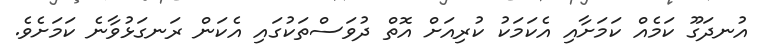
އުނދަގޫ ކަމެއް ކަމަށާއި އެކަމަކު ކުރިއަށް އޮތް ދުވަސްތަކުގައި އެކަން ރަނގަޅުވާނެ ކަމަށެވެ.